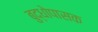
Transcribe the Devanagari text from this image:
बुद्धोपासक